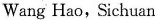
Wang Hao， Sichuan